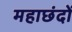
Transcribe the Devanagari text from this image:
महाछंदों